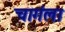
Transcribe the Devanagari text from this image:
चागंला